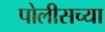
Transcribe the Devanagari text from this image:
पोलीसच्या